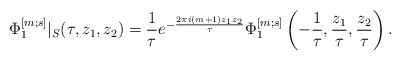
\begin{align*}\Phi^{[m;s]}_1|_S (\tau, z_1, z_2) = \frac{1}{\tau} e^{-\frac{2 \pi i (m+1)z_1 z_2}{\tau}} \Phi^{[m;s]}_1 \left(-\frac{1}{\tau}, \frac{z_1}{\tau}, \frac{z_2}{\tau} \right).\end{align*}